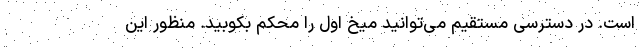
است. در دسترسی مستقیم می‌توانید میخ اول را محکم بکوبید. منظور این